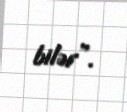
bilər”.